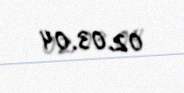
02.03.04